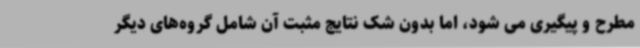
مطرح و پیگیری می شود، اما بدون شک نتایج مثبت آن شامل گروه‌های دیگر